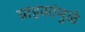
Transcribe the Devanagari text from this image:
ग्राहकांमुळे